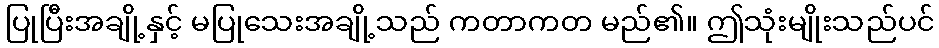
ပြုပြီးအချို့နှင့် မပြုသေးအချို့သည် ကတာကတ မည်၏။ ဤသုံးမျိုးသည်ပင်